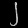
Digit: ၂